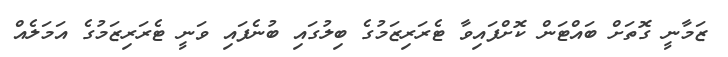
ޒަމާނީ ގޮތަށް ބައްޓަން ކޮށްފައިވާ ޓެރަރިޒަމުގެ ބިލުގައި ބުނެފައި ވަނީ ޓެރަރިޒަމުގެ އަމަލެއް